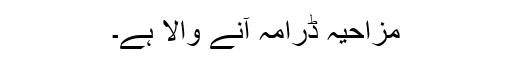
مزاحیہ ڈرامہ آنے والا ہے۔